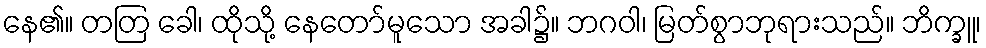
နေ၏။ တတြ ခေါ၊ ထိုသို့ နေတော်မူသော အခါ၌။ ဘဂဝါ၊ မြတ်စွာဘုရားသည်။ ဘိက္ခူ၊